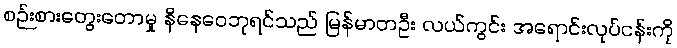
စဉ်းစားတွေးတောမှု နိနေဝေဘုရင်သည် မြန်မာတဦး လယ်ကွင်း အရောင်းလုပ်ငန်းကို